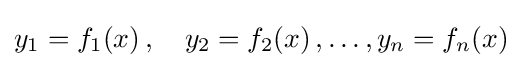
y_{1}=f_{1}(x)\,,\quad y_{2}=f_{2}(x)\,,\ldots ,y_{n}=f_{n}(x)